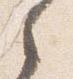
之